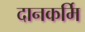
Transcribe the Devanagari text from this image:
दानकर्मि